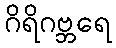
ဂိရိဂဗ္ဘရေ